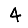
Digit: 4